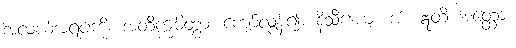
အလယ်အရပ်ကို။ အတိက္ကမိတွာ၊ ကျော်လွန်၍။ နိသီဒေယျ၊ အံ့။ ဣတိ အတ္ထော။